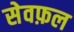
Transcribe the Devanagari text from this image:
सेवफ़ल